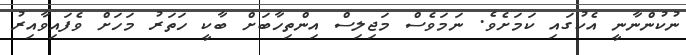
ނުކުންނާނީ އެކުގައި ކަމަށެވެ. ނަމަވެސް މަޖިލިސް އިންތިހާބަށް ބާކީ ހަތަރު މަހަށް ވެފައިވާއިރު